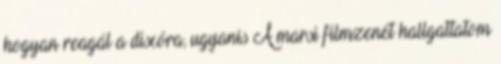
hogyan reagál a discóra, ugyanis A marsi filmzenét hallgattatom